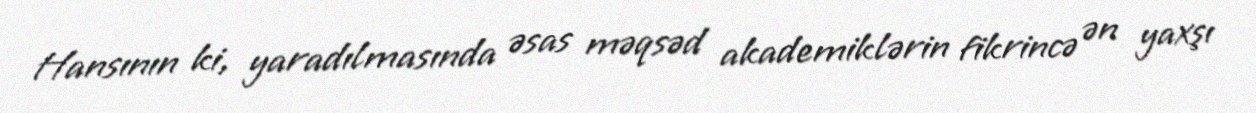
Hansının ki, yaradılmasında əsas məqsəd akademiklərin fikrincə ən yaxşı